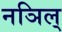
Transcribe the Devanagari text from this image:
नञिल्